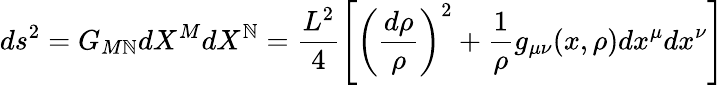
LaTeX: ds^{2}=G_{M\mathbb{N}}dX^{M}dX^{\mathbb{N}}=\frac{{L^{2}}}{{4}}\left[\left(\frac{{d\rho}}{{\rho}}\right)^{2}+\frac{{1}}{{\rho}}g_{\mu\nu}(x,\rho)dx^{\mu}dx^{\nu}\right]